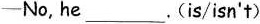
——No, he___.(is/isn't)